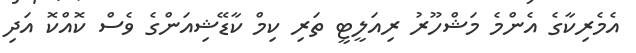
އެމެރިކާގެ އެންމެ މަޝްހޫރު ރިއަލީޓީ ތަރި ކިމް ކާޑޭޝިއަންގެ ވެސް ކޮއްކޮ އަދި